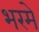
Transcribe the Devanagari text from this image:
भरमे